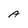
Character: A